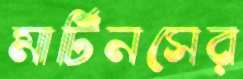
মার্টিনসের